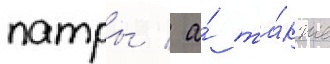
патры / а́ та́кже